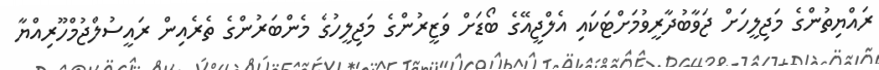
ރައްޔިތުންގެ މަޖިލީހަށް ޖަވާބުދާރީވުމަށްޓަކައި އެލްޖީއޭގެ ބޯޑަށް ވަޒީރުންގެ މަޖިލީހުގެ މެންބަރުންގެ ތެރެއިން ރައީސުލްޖުމްހޫރިއްޔާ